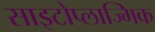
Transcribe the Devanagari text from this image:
साइटोप्लाज्मिक